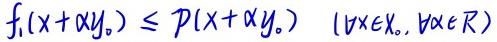
$f_1(x+\alpha y_0)\leq p(x+\alpha y_0)\quad (\forall x\in X_0,\forall \alpha\in\mathbb{R})$